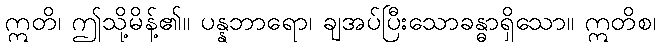
ဣတိ၊ ဤသို့မိန့်၏။ ပန္နဘာရော၊ ချအပ်ပြီးသောခန္ဓာရှိသော။ ဣတိစ၊